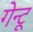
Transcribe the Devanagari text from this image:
गेन्टू